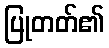
ပြုတတ်၏